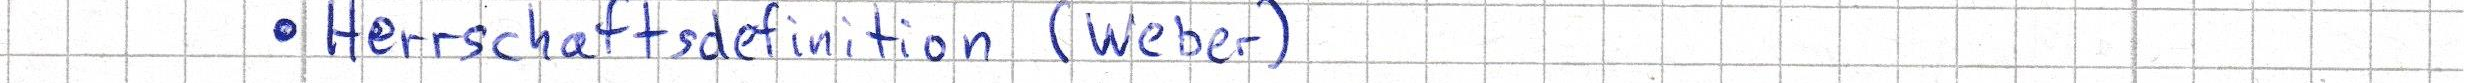
- Herrschaftsdefinition (Weber)